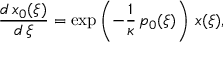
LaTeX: \frac { d \, x _ { 0 } ( \xi ) } { d \, \xi } = \exp \left( - \frac 1 \kappa \, p _ { 0 } ( \xi ) \right) \, x ( \xi ) ,